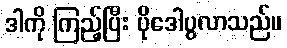
ဒါကို ကြည့်ပြီး ပိုဒေါပွလာသည်။